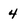
Character: 4